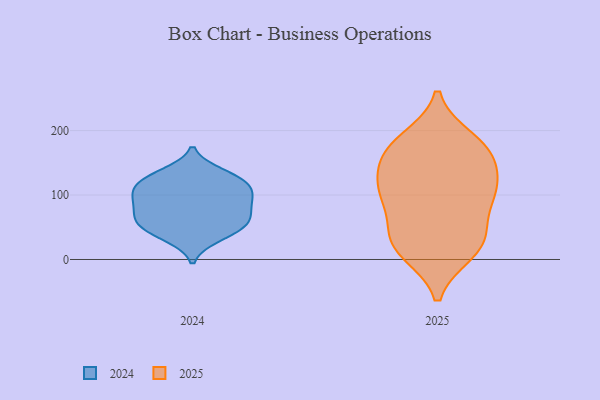
{"axis": {"x": "Inventory Turnover", "y": "Value"}, "legend": ["2024", "2025"], "data": [{"x": "", "y": 57, "type": "2024"}, {"x": "", "y": 94, "type": "2024"}, {"x": "", "y": 41, "type": "2024"}, {"x": "", "y": 70, "type": "2024"}, {"x": "", "y": 88, "type": "2024"}, {"x": "", "y": 104, "type": "2024"}, {"x": "", "y": 57, "type": "2024"}, {"x": "", "y": 123, "type": "2024"}, {"x": "", "y": 116, "type": "2024"}, {"x": "", "y": 78, "type": "2024"}, {"x": "", "y": 134, "type": "2024"}, {"x": "", "y": 128, "type": "2024"}, {"x": "", "y": 55, "type": "2024"}, {"x": "", "y": 104, "type": "2024"}, {"x": "", "y": 34, "type": "2024"}, {"x": "", "y": 102, "type": "2025"}, {"x": "", "y": 115, "type": "2025"}, {"x": "", "y": 157, "type": "2025"}, {"x": "", "y": 37, "type": "2025"}, {"x": "", "y": 162, "type": "2025"}, {"x": "", "y": 105, "type": "2025"}, {"x": "", "y": 98, "type": "2025"}, {"x": "", "y": 41, "type": "2025"}, {"x": "", "y": 173, "type": "2025"}, {"x": "", "y": 12, "type": "2025"}, {"x": "", "y": 104, "type": "2025"}, {"x": "", "y": 170, "type": "2025"}, {"x": "", "y": 185, "type": "2025"}, {"x": "", "y": 17, "type": "2025"}, {"x": "", "y": 25, "type": "2025"}]}